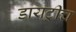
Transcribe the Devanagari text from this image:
डायट्रीच